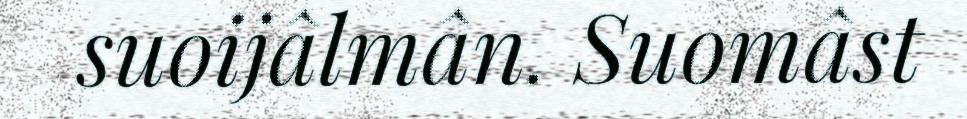
suoijâlmân. Suomâst